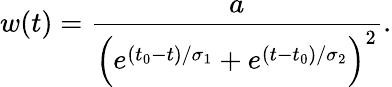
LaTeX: w(t)=\frac{a}{\Big(e^{(t_{0}-t)/\sigma_{1}}+e^{(t-t_{0})/\sigma_{2}}\Big)^{2}}.